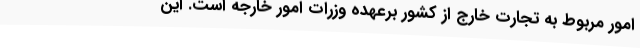
امور مربوط به تجارت خارج از کشور برعهده وزرات امور خارجه است. این